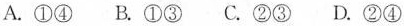
A.①④ B.①③ C.②③ D.②④